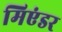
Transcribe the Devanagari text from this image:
मिएंडर